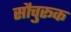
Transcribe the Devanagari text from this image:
सौचुरूक